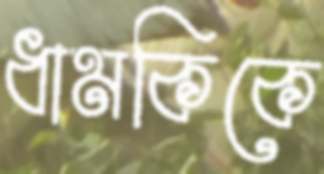
ধামকিকে